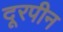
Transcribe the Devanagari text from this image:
दूरपीन